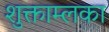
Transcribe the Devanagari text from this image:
शुक्ताम्लका